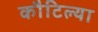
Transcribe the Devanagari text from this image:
कौटिल्या